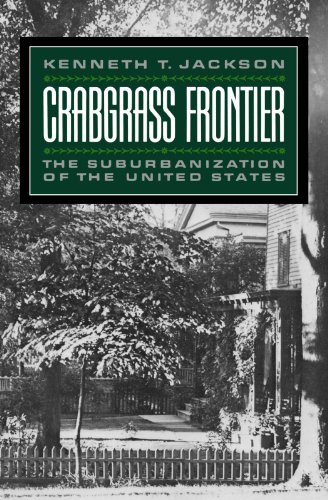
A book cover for Crabgrass Frontier: The Suburbanization of the United States; Kenneth T. Jackson; Politics & Social Sciences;